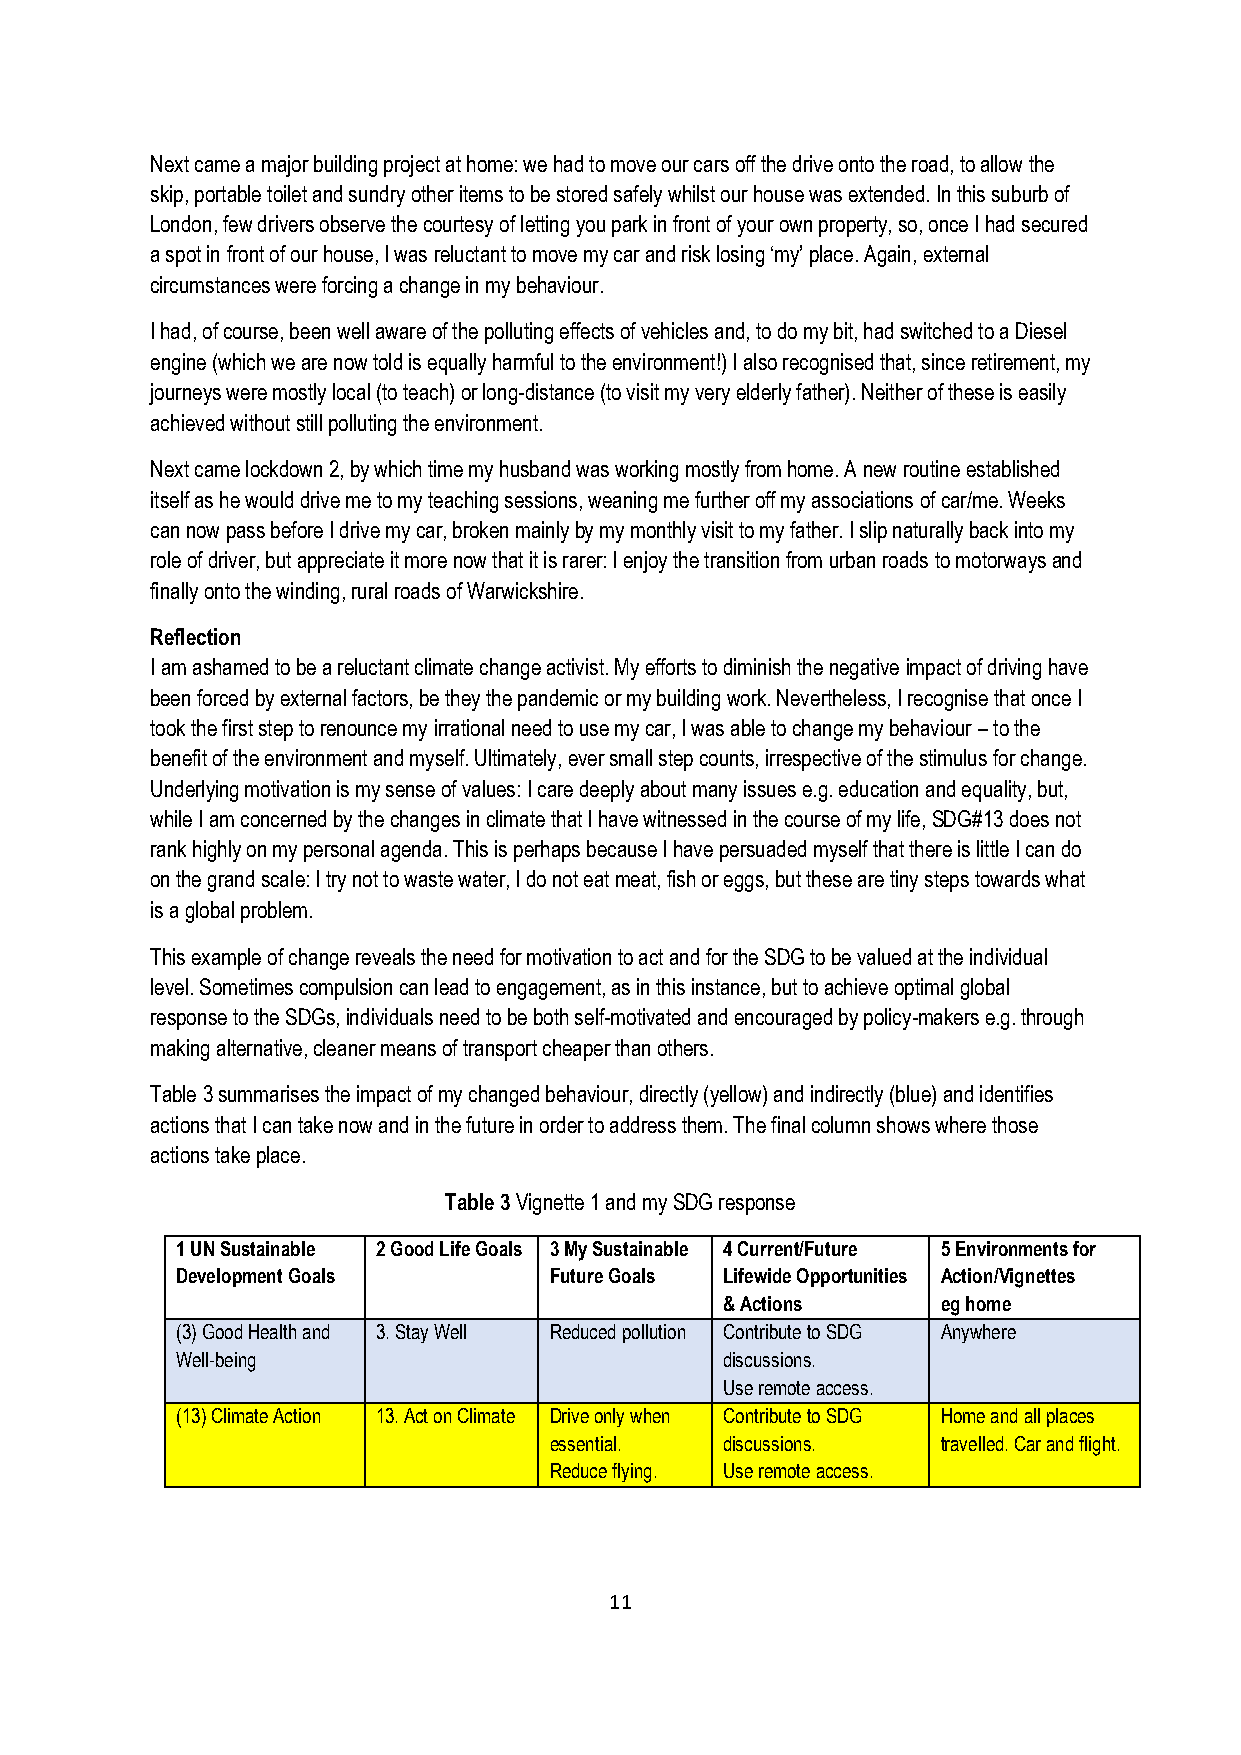
Next came a major building project at home: we had to move our cars off the drive onto the road, to allow the
 skip, portable toilet and sundry other items to be stored safely whilst our house was extended. In this suburb of
 London, few drivers observe the courtesy of letting you park in front of your own property, so, once I had secured
 a spot in front of our house, I was reluctant to move my car and risk losing ‘my’ place. Again, external
 circumstances were forcing a change in my behaviour.
 I had, of course, been well aware of the polluting effects of vehicles and, to do my bit, had switched to a Diesel
 engine (which we are now told is equally harmful to the environment!) I also recognised that, since retirement, my
 journeys were mostly local (to teach) or long-distance (to visit my very elderly father). Neither of these is easily
 achieved without still polluting the environment.
 Next came lockdown 2, by which time my husband was working mostly from home. A new routine established
 itself as he would drive me to my teaching sessions, weaning me further off my associations of car/me. Weeks
 can now pass before I drive my car, broken mainly by my monthly visit to my father. I slip naturally back into my
 role of driver, but appreciate it more now that it is rarer: I enjoy the transition from urban roads to motorways and
 finally onto the winding, rural roads of Warwickshire.
 Reflection
 I am ashamed to be a reluctant climate change activist. My efforts to diminish the negative impact of driving have
 been forced by external factors, be they the pandemic or my building work. Nevertheless, I recognise that once I
 took the first step to renounce my irrational need to use my car, I was able to change my behaviour – to the
 benefit of the environment and myself. Ultimately, ever small step counts, irrespective of the stimulus for change.
 Underlying motivation is my sense of values: I care deeply about many issues e.g. education and equality, but,
 while I am concerned by the changes in climate that I have witnessed in the course of my life, SDG#13 does not
 rank highly on my personal agenda. This is perhaps because I have persuaded myself that there is little I can do
 on the grand scale: I try not to waste water, I do not eat meat, fish or eggs, but these are tiny steps towards what
 is a global problem.
 This example of change reveals the need for motivation to act and for the SDG to be valued at the individual
 level. Sometimes compulsion can lead to engagement, as in this instance, but to achieve optimal global
 response to the SDGs, individuals need to be both self-motivated and encouraged by policy-makers e.g. through
 making alternative, cleaner means of transport cheaper than others.
 Table 3 summarises the impact of my changed behaviour, directly (yellow) and indirectly (blue) and identifies
 actions that I can take now and in the future in order to address them. The final column shows where those
 actions take place.
 Table 3 Vignette 1 and my SDG response
 1 UN Sustainable 2 Good Life Goals 3 My Sustainable 4 Current/Future 5 Environments for
 Development Goals       Future Goals Lifewide Opportunities Action/Vignettes
 & Actions     eg home
 (3) Good Health and 3. Stay Well Reduced pollution Contribute to SDG Anywhere
 Well-being                          discussions.
 Use remote access.
 (13) Climate Action 13. Act on Climate Drive only when Contribute to SDG Home and all places
 essential.  discussions.  travelled. Car and flight.
 Reduce flying. Use remote access.
 11